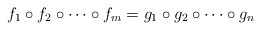
\begin{align*}f_1\circ f_2\circ \dots \circ f_m=g_1\circ g_2\circ \dots \circ g_n\end{align*}